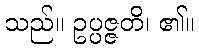
သည်။ ဥပ္ပဇ္ဇတိ၊ ၏။